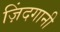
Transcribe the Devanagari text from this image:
ज़िंदगानी